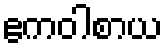
ဧကဝါစာယ